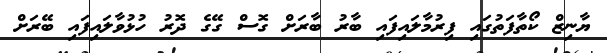
ޔާނިޒް ކޯތާފަތުގައި ފިރުމާލައިފައި ބާރު ބާރަށް ގޮސް ގޭގެ ދޮރު ހުޅުވާލައިފައި ބޭރަށް